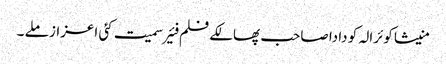
منیشا کوئرالہ کو دادا صاحب پھالکے فلم فئیر سمیت کئی اعزاز ملے ۔